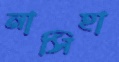
নাসিহা